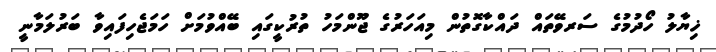
ޚިޔާލު ހޯދުމުގެ ސަރވޭތައް ދައްކާގޮތުން މިއަހަރުގެ ޖޫންމަހު ތުރުކީގައި ބޭއްވުމަށް ހަމަޖެހިފައިވާ ބަރުލަމާނީ